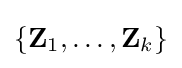
\left\{\mathbf {Z} _{1},\ldots ,\mathbf {Z} _{k}\right\}